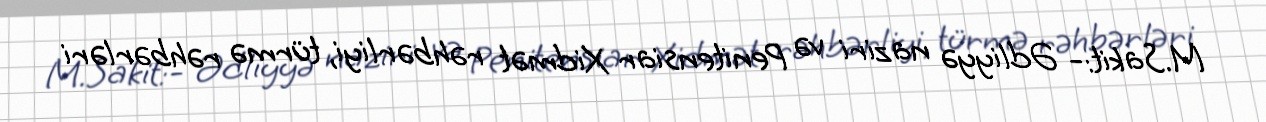
M.Sakit:- Ədliyyə naziri və Penitensiar Xidmət rəhbərliyi, türmə rəhbərləri